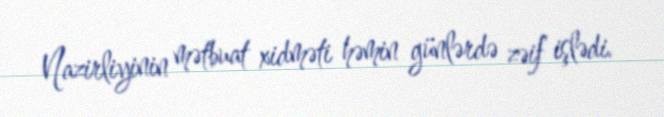
Nazirliyinin mətbuat xidməti həmin günlərdə zəif işlədi.